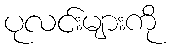
ပုလင်းများကို